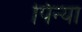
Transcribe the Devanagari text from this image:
पिन्या